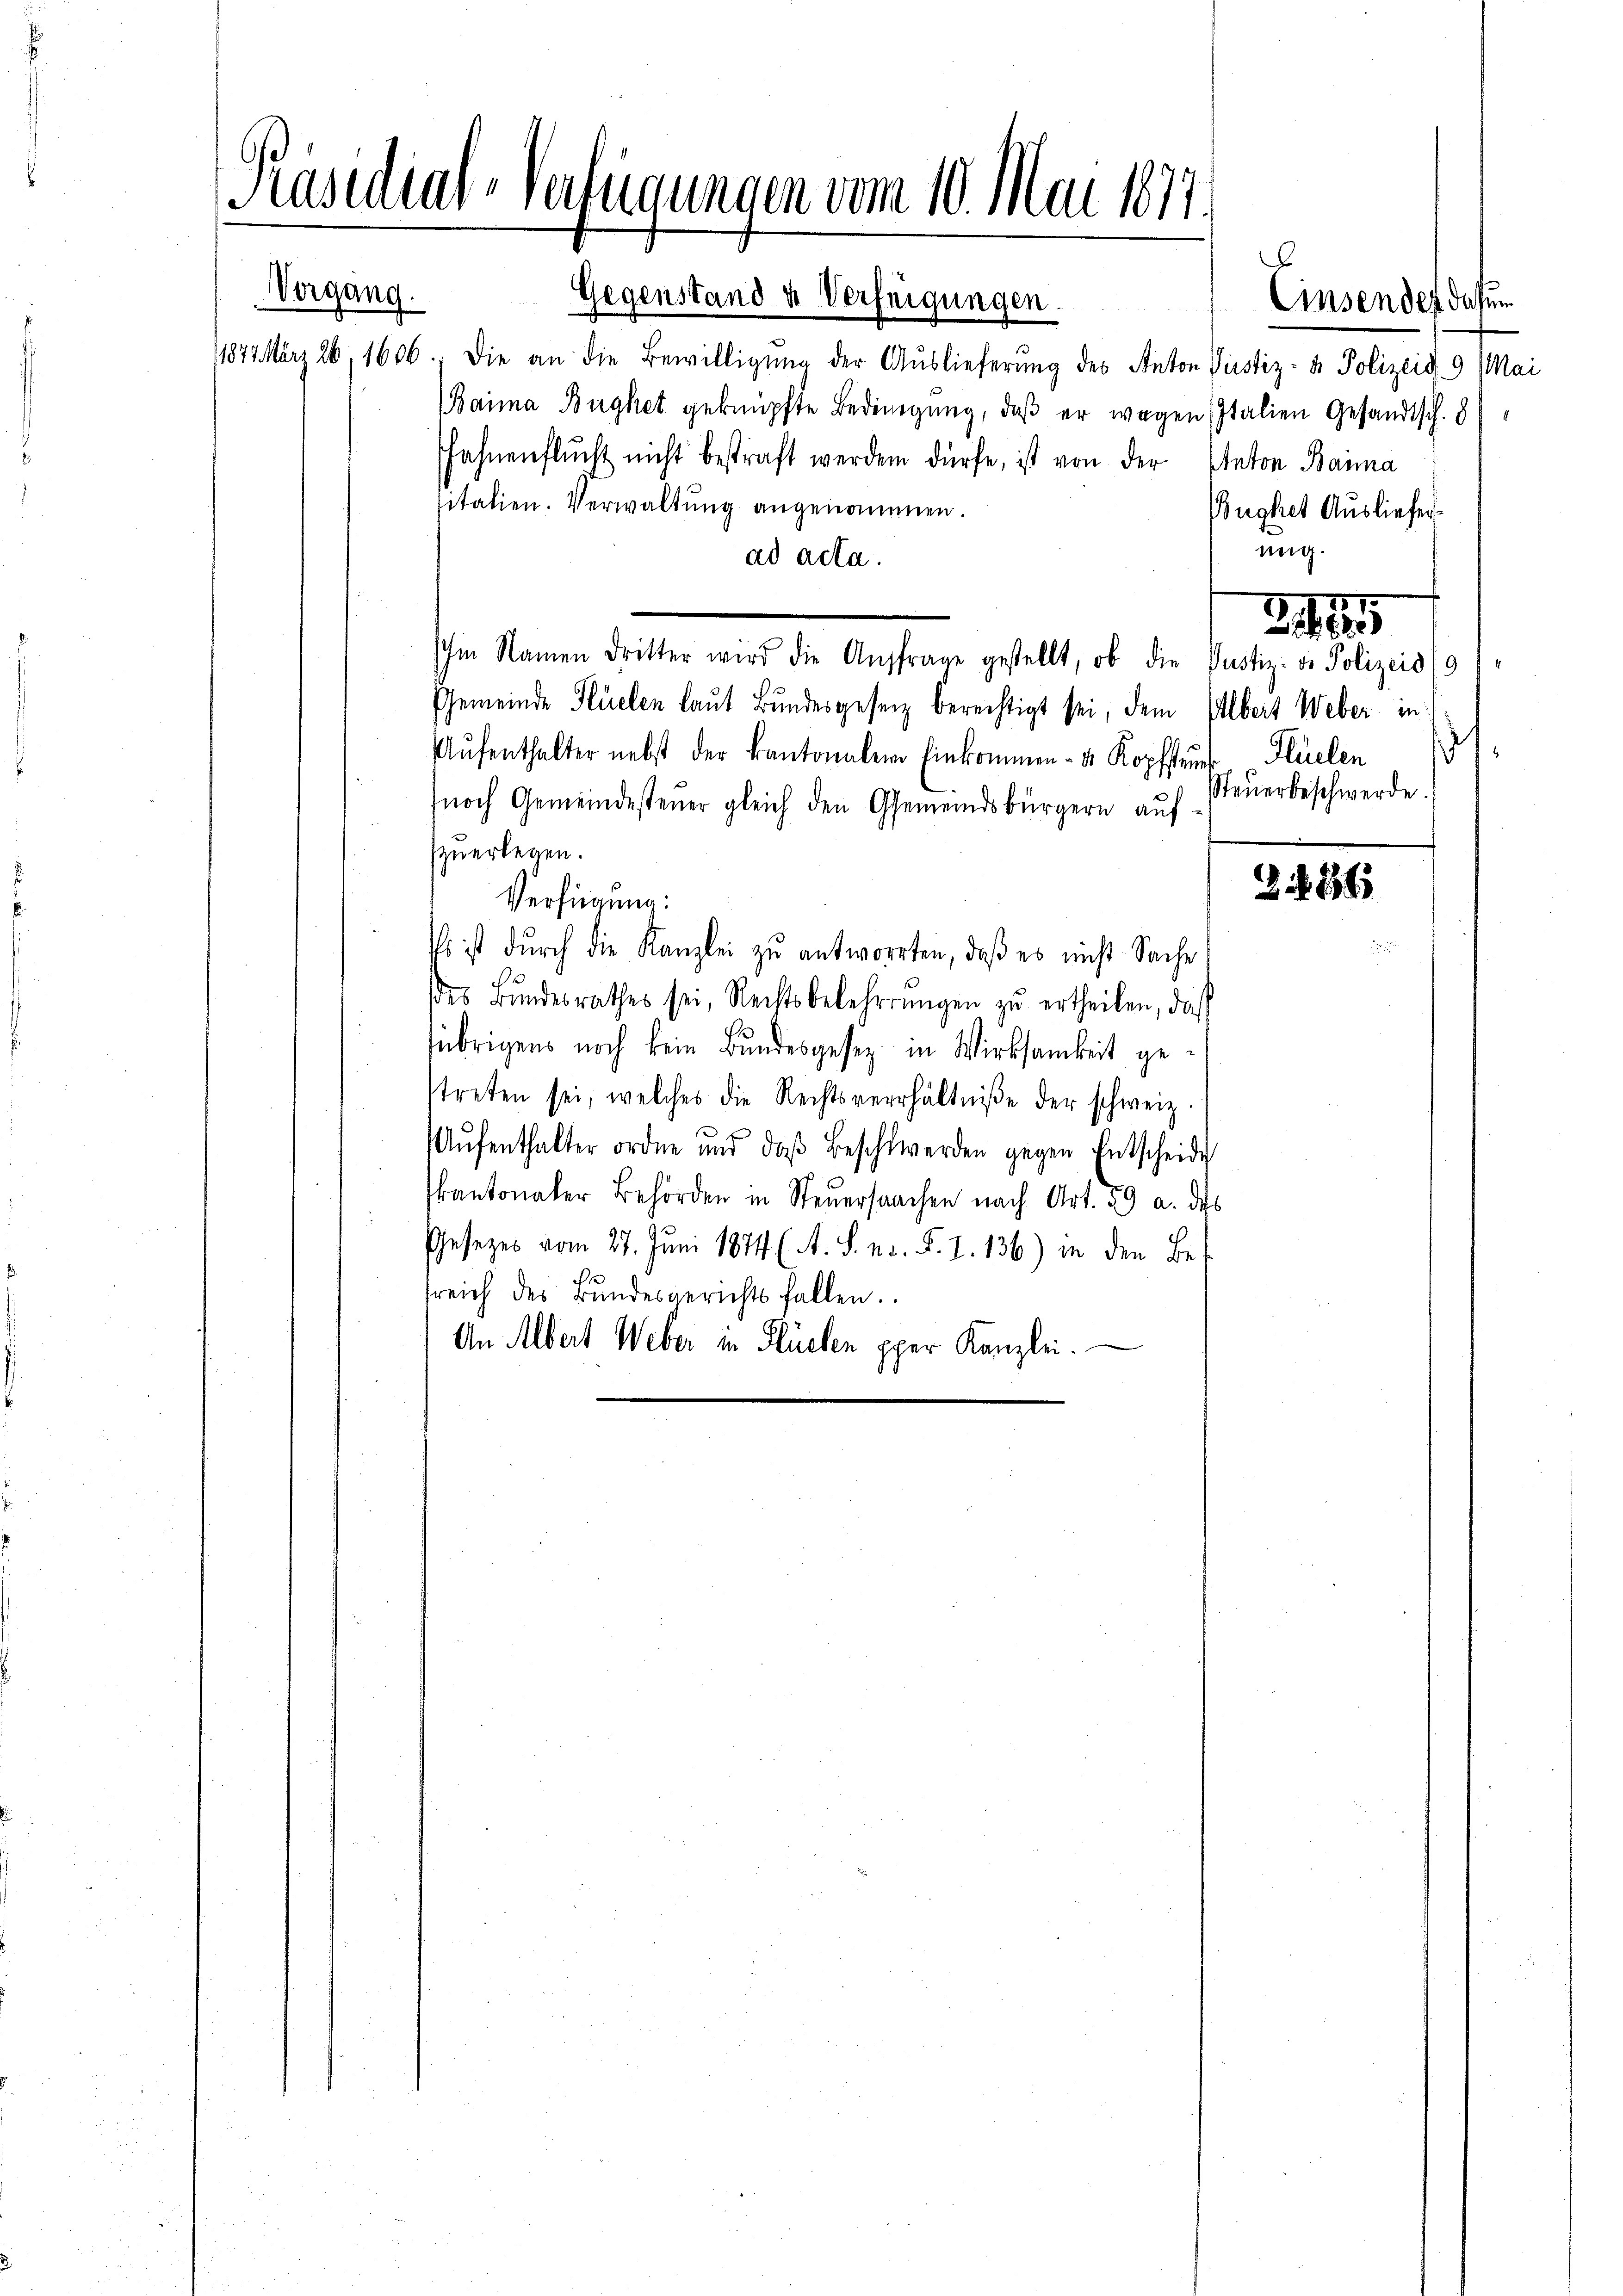
Präsidial-Verfügungen vom 10. Mai 1877.
Vergang.
Gegenstand & Verfeigungen.
1024ärz 26, 1606, die an die Bewilligung der Auslieferung des Anton Pustiz- & Polizeit 9 Mai
Baima Büghet geknüpfte Bedingŭng, daβ er wegen Italien Gesandtsch. 8

fahnenflŭcht nicht bestraft werden dürfe, ist von der Anton Bauma
sitatien. Verwaltung angenommen.
Büghet Ausliefer
ad acta.
Ihm Namen dritter wird die Aŭsfrage gestellt, ob die Justiz: v. Polizeis (9
Gemeinde Flüelen laŭt Bŭndesgesetz berechtigt sei, dem Elbert Weber in
Aŭfenthalter nebst der Kantonalem Einkommen- u. Kopfsteŭer Flüelen
noch Gemeindesteŭer gleich den Gemeindsbürgern aŭf Steŭerbeschwerde
zu erlegen.
Verfügung:
Es ist durch die Kanzlei zŭ antworten, daβ es nicht Sache
des Bŭndesrathes sei, Rechtsbelehrrŭngen zu ertheilen, daß
übrigens noch kein Bundesgesetz in Wirksamkeit gestreten sei, welches die Rechtsverhältniße der schweiz.
s
Aŭfenthalter ordne und das Beschwerden gegen Entscheide
kantonaler Behörden in Steuersachen nach Art. 59 u. des
Gesetzes vom 27. Juni 1874 (A. S. n. F. 1. 136) in den Be-
sreich des Bundesgerichts fallen.
An Albert Weber in Flüelen pper Kanzlei.

ung.

Einsendes dafür

1

Be

24841